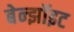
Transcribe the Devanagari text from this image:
बेन्झॉइट